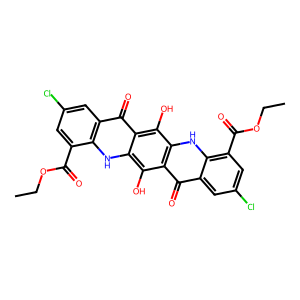
SMILES: CCOC(=O)c1cc(Cl)cc2c(=O)c3c(O)c4[nH]c5c(C(=O)OCC)cc(Cl)cc5c(=O)c4c(O)c3[nH]c12
Inhibits HIV replication: No